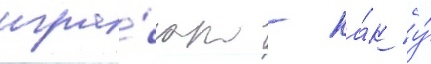
игра́ют - ка́к у́